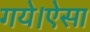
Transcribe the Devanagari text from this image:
गये।ऐसा